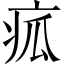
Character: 㽿